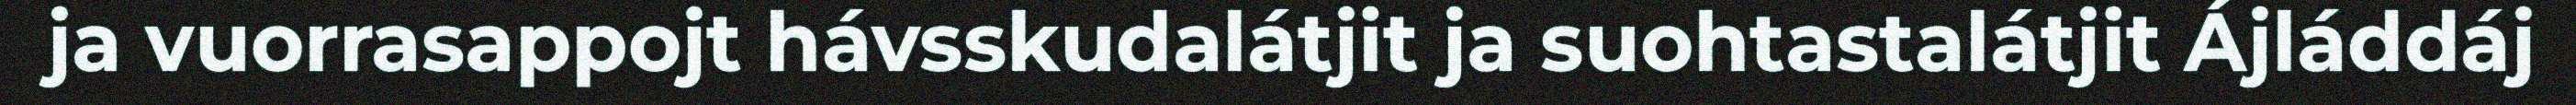
ja vuorrasappojt hávsskudalátjit ja suohtastalátjit Ájláddáj